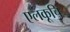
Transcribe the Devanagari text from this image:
एलकूचि